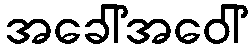
အခေါ်အဝေါ်